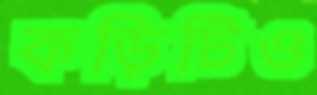
কড়িটিও